system: You are a helpful assistant.
user:
Analyze the provided spectrum to determine if it is a **"Cataclysmic Variables (CV)"**.

- **Key Indicators for CV (Check for either state):**
    - **State 1: Quiescent / Low-State (Emission-Dominated)**
        - **(Primary):** Strong and *very broad* Hydrogen Balmer emission lines (e.g., $H\alpha$ at 6563 Å, $H\beta$ at 4861 Å). The 'broadness' (high velocity dispersion, often FWHM > 1000 km/s) is the key diagnostic, indicating a high-velocity accretion disk.
        - **(Secondary):** Broad neutral Helium (He I) emission lines (e.g., 5876 Å, 6678 Å).
        - **(Key Confirmation):** Presence of high-excitation *ionized* Helium (He II) emission at 4686 Å. This is a strong indicator of accretion onto a white dwarf.
        - **(Line Profile):** Emission lines may exhibit a 'double-peaked' profile, which is a classic signature of a rotating accretion disk viewed at high inclination.

    - **State 2: Outburst / High-State (Absorption-Dominated)**
        - **(Primary):** Spectrum is dominated by a bright, blue continuum (looks like a hot star).
        - **(Secondary):** The emission lines from State 1 are weak, absent, or 'filled in', and are replaced by broad, shallow *absorption* lines (primarily Balmer and He I).
        - **(Morphology):** The overall spectrum mimics a hot B/A-type star. The crucial difference is that the absorption lines are significantly broader, shallower, and more 'washed-out' (or 'smeared') than the sharp lines of a normal stellar photosphere, due to high rotational speeds and pressure broadening in the disk.

Think first, call **spectral_visualization_tool** if needed to examine features in detail, then provide your final answer. Your response must adhere to the following strict rules:
1.  **Overall Structure:** Your response must follow the format `<think>...</think> <tool_call>...</tool_call> (if a tool is used) <answer>...</answer>`.
2.  **Tool Usage Constraint:** You may only make **one** tool call per turn.
3.  **Final Answer Format:** In the `<answer>` tag, your conclusion must be inside a `\boxed{}` command (e.g., `\boxed{YES}`), followed by your justification.

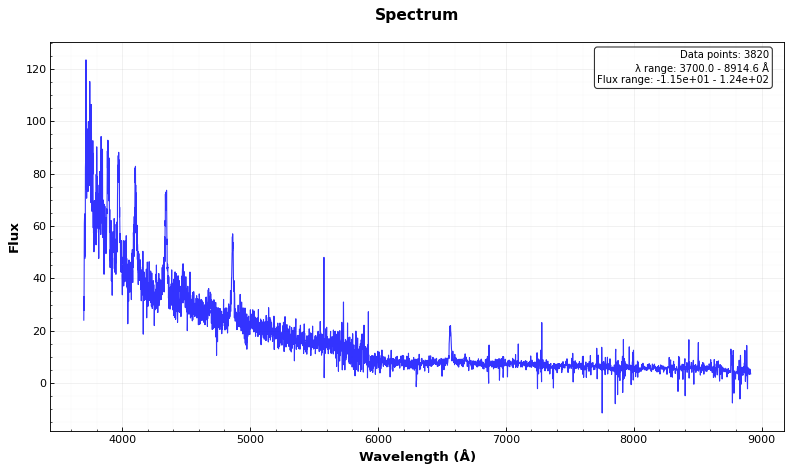
Answer: YES